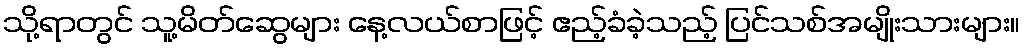
သို့ရာတွင် သူ့မိတ်ဆွေများ နေ့လယ်စာဖြင့် ဧည့်ခံခဲ့သည့် ပြင်သစ်အမျိုးသားများ။